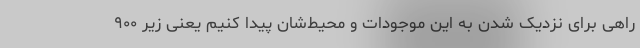
راهی برای نزدیک شدن به این موجودات و محیط‌شان پیدا کنیم یعنی زیر ۹۰۰